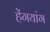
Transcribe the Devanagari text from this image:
हेंगयांग